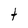
Character: t